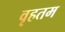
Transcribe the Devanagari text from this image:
वृहतम